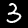
Digit: 3